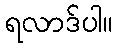
ရလာဒ်ပါ။